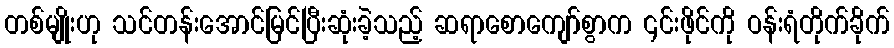
တစ်မျိုးဟု သင်တန်းအောင်မြင်ပြီးဆုံးခဲ့သည့် ဆရာစောကျော်စွာက ၎င်းဖိုင်ကို ဝန်းရံတိုက်ခိုက်